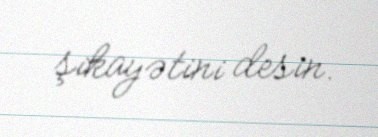
şikayətini desin.